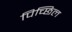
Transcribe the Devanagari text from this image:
पिच्छिल